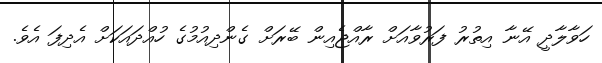
ހަވާލާދީ އޭނާ އިތުރު ފަރުވާއަށް ރާއްޖެއިން ބޭރަށް ގެންދިއުމުގެ ހުއްދައަކަށް އެދިފަ އެވެ.